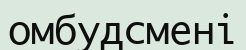
омбудсмені